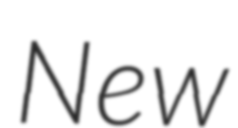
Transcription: New